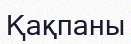
Қақпаны